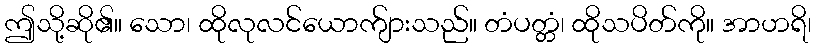
ဤသို့ဆို၏။ သော၊ ထိုလုလင်ယောက်ျားသည်။ တံပတ္တံ၊ ထိုသပိတ်ကို။ အာဟရိ၊